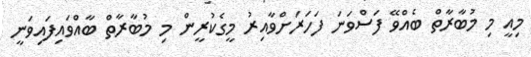
މިއީ މި މުބާރާތް ބެއްވޭ ފަސްވަނަ ފަހަރަށްވާއިރު މީގެކުރީން މި މުބާރާތް ބާއްވައިފައިވަނީ